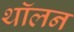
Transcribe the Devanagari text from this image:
थॉलन